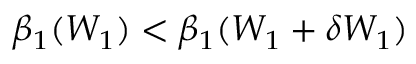
\beta _ { 1 } ( W _ { 1 } ) < \beta _ { 1 } ( W _ { 1 } + \delta W _ { 1 } )